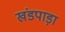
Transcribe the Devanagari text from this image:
खंडपाड़ा